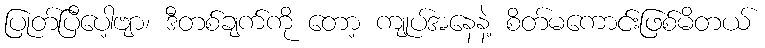
ပြုတ်ပြီပေါ့ဗျာ၊ ဒီတစ်ချက်ကို တော့ ကျုပ်အနေနဲ့ စိတ်မကောင်းဖြစ်မိတယ်